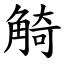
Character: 觭